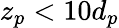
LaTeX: z_{p}<10d_{p}